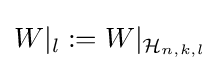
W|_{l}:=W|_{{\mathcal {H}}_{n,k,l}}